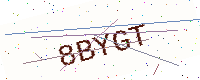
Text: 8BYGT